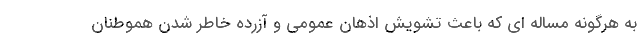
به هرگونه مساله ای که باعث تشویش اذهان عمومی و آزرده خاطر شدن هموطنان